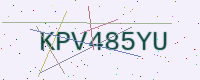
Text: KPV485YU